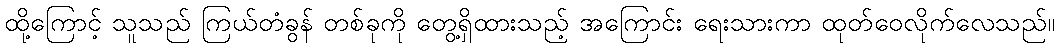
ထို့ကြောင့် သူသည် ကြယ်တံခွန် တစ်ခုကို တွေ့ရှိထားသည့် အကြောင်း ရေးသားကာ ထုတ်ဝေလိုက်လေသည်။